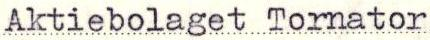
Aktiebolaget Tornator